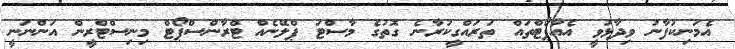
އެމަނިކުފާނު ވިދާޅުވީ އެއާޕޯޓްތައް ތަރައްގީކުރާނެ ގޮތުގެ މާސްޓަ ޕްލޭނެއް ޓްރާންސްޕޯޓް މިނިސްޓްރީން އަންނަނީ